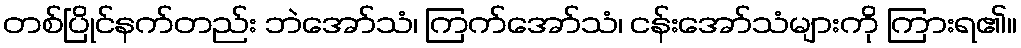
တစ်ပြိုင်နက်တည်း ဘဲအော်သံ၊ ကြက်အော်သံ၊ ငန်းအော်သံများကို ကြားရ၏။